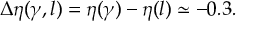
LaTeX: A _ { i } = \frac { Q _ { i } d t } { ( r _ { 0 } ^ { 2 } + r _ { i } ^ { 2 } ) } .